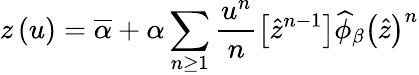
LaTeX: z\left(u\right)=\overline{{\alpha}}+\alpha\sum_{n\geq 1}\frac{u^{n}}{n}\left[\widehat{z}^{n-1}\right]\widehat{\phi}_{\beta}\left(\widehat{z}\right)^{n}